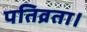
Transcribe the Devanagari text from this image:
पतिव्रता।